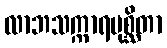
လာဘသက္ကာရမုစ္ဆိတာ